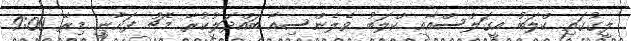
ލީގުގައި ކްލަބު އީގަލްސްއާއި ކްލަބު ވެލެންސިއާ ބައްދަލުކުރާ މެޗު ފަށާނީ މިރޭ 9:00